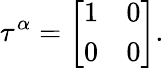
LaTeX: \tau^{\alpha}=\left[\begin{array}{cc}{{1}}&{{0}}\\ {{0}}&{{0}}\end{array}\right].